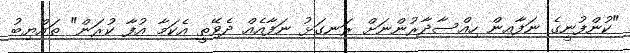
"ކުންފުނީގެ ނަފާއިން ހިއްސާދާރުންނަށް ރަނގަޅު ނަފާއެއް ދެވޭތީ އެކަމާ އުފާ ކުރަން" ތައްޔިބު